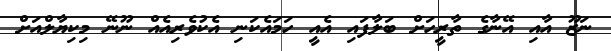
ނަޒޫ އާއި އޭނާގެ ތާރީހަށް ބަލާފައި އެއީ ހަމައެކަނި އެކުވެރިއެއް ނޫނޭ މިކިޔާލްއަށް